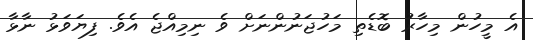
އެ މީހުން މިހާރު ބޮޑެތި މަހުޖަނުންނަށް ވެ ނިމިއްޖެ އެވެ. ފިޔަވަޅު ނާޅާ